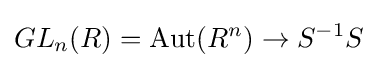
GL_{n}(R)=\operatorname {Aut} (R^{n})\to S^{-1}S